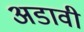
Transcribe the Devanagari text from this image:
अडावी